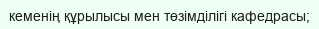
кеменің құрылысы мен төзімділігі кафедрасы;